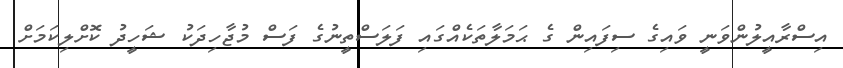
އިސްރާއީލުންވަނީ ވައިގެ ސިފައިން ގެ ޙަމަލާތަކެއްގައި ފަލަސްތީނުގެ ފަސް މުޖާހިދަކު ޝަހީދު ކޮށްލިކަމަށް